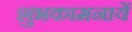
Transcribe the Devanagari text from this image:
शुभकामनायें